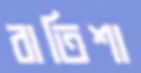
বাতিশা